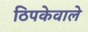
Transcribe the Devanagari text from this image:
ठिपकेवाले